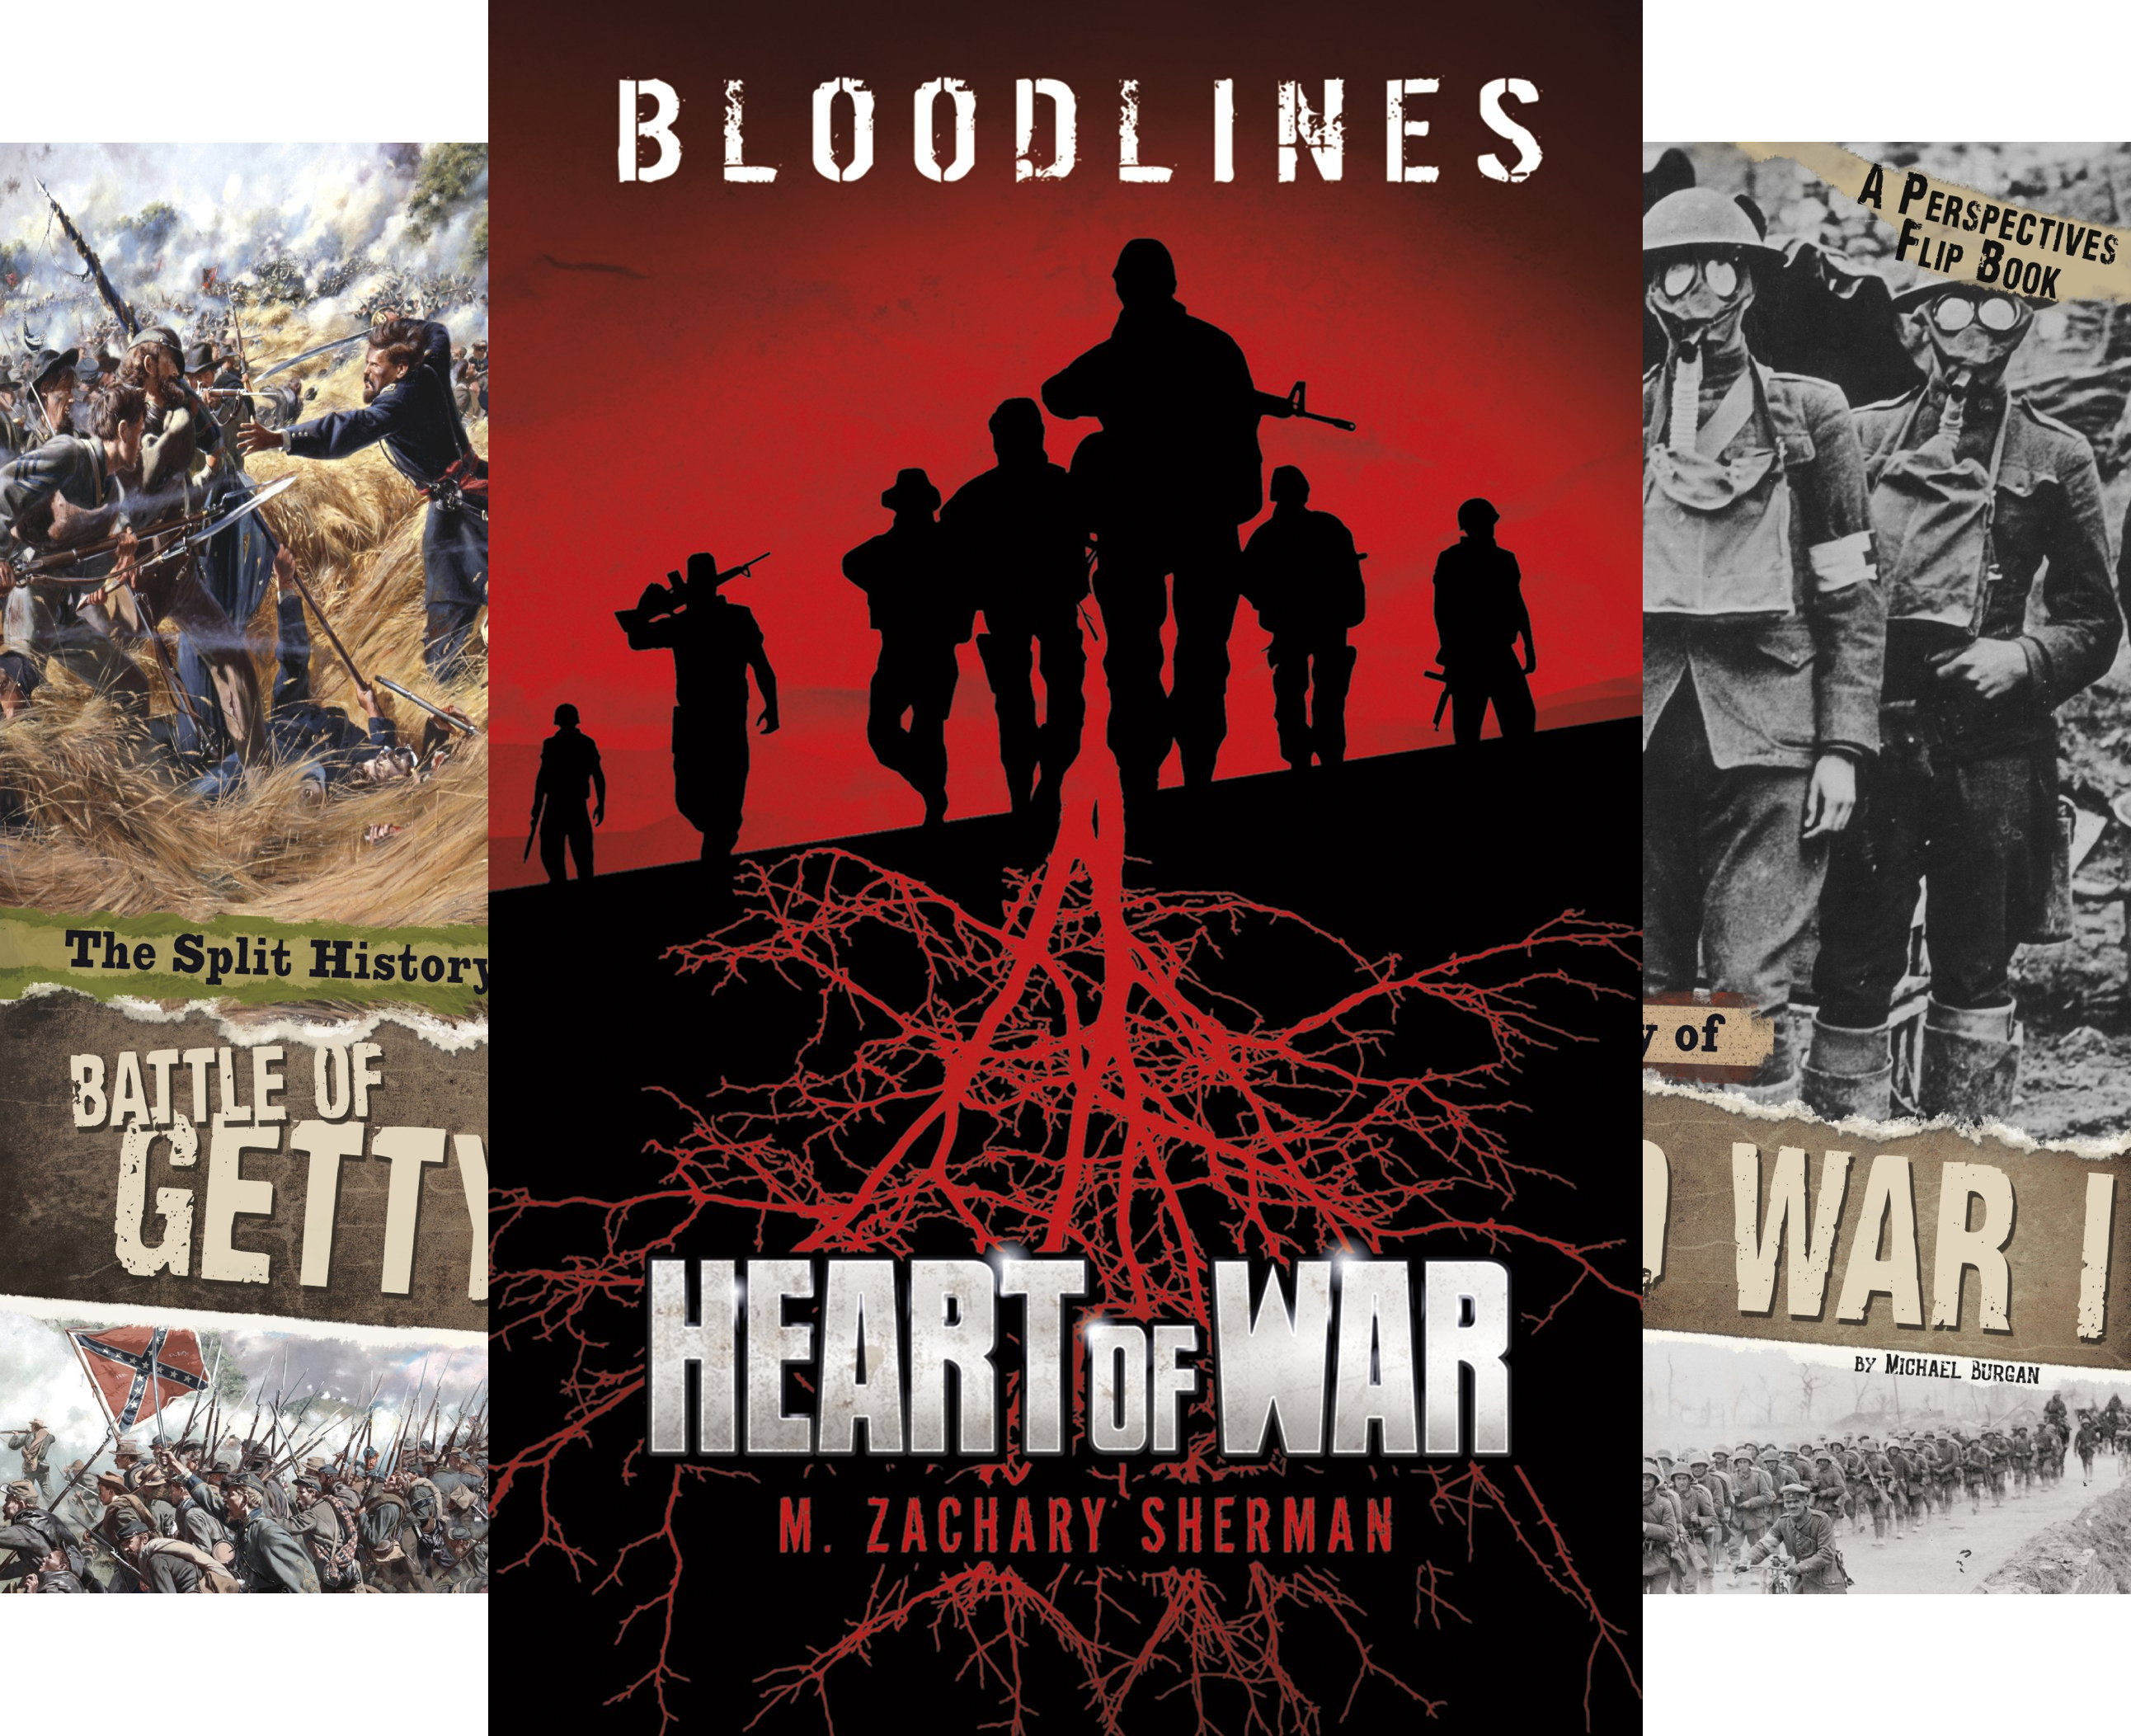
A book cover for War Stories (9 Book Series); M. Zachary Sherman; Teen & Young Adult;